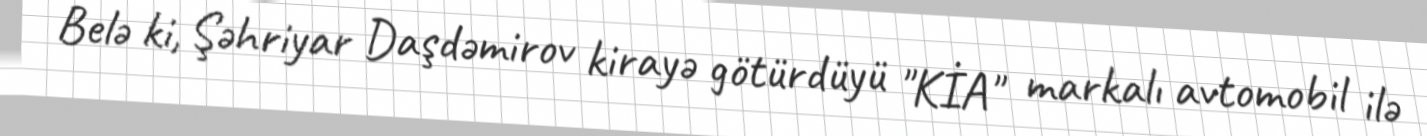
Belə ki, Şəhriyar Daşdəmirov kirayə götürdüyü "KİA" markalı avtomobil ilə